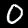
Digit: 0